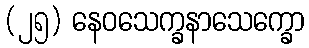
(၂၅) နေဝသေက္ခနာသေက္ခော